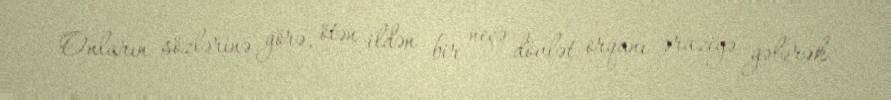
Onların sözlərinə görə, ötən ildən bir neçə dövlət orqanı əraziyə gələrək